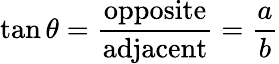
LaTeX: \tan\theta={\frac{\mathrm{opposite}}{\mathrm{adjacent}}}={\frac{a}{b}}